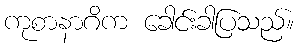
ကုစာနာဂိက ခေါင်းခါပြသည်။